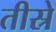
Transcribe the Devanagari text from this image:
तीस्रे